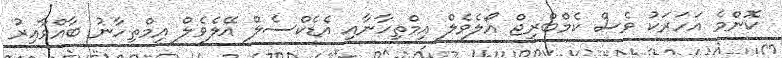
ކޮންމެ އަހަރަކު ވެސް ކެމްބްރިޖް އޯލެވެލް އިމްތިހާނާއި އެޑެކްސެލް އޭލެވެލް އިމްތިހާނު ބާއްވާއިރު